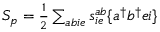
\begin{array} { r } { S _ { p } = \frac { 1 } { 2 } \sum _ { a b i e } s _ { i e } ^ { a b } \{ a ^ { \dagger } b ^ { \dagger } e i \} } \end{array}